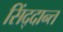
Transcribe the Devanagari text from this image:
सिंद्दान्त